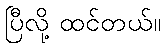
ပြီလို့ ထင်တယ်။